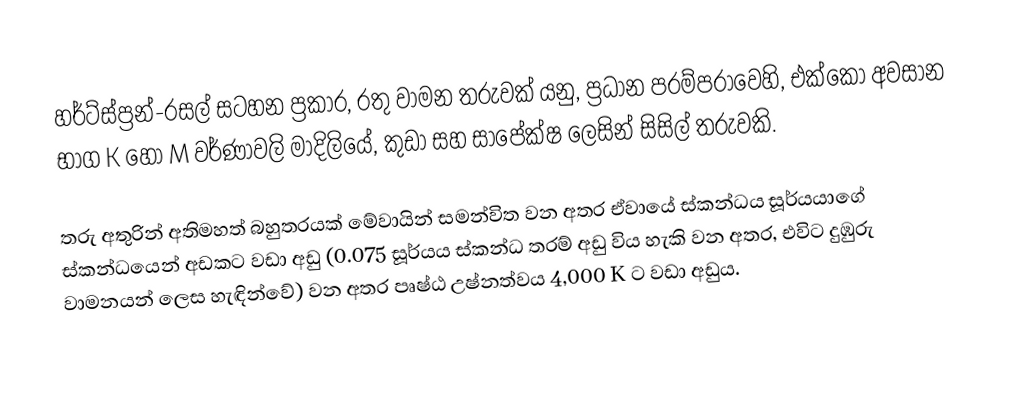
හර්ට්ස්ප්‍රන්-රසල් සටහන ප්‍රකාර, රතු වාමන තරුවක් යනු,  ප්‍රධාන පරම්පරාවෙහි, එක්කෝ අවසාන භාග  K හෝ M වර්ණාවලි මාදිලියේ, කුඩා සහ සාපේක්ෂ ලෙසින් සිසිල් තරුවකි.

තරු අතුරින් අතිමහත් බහුතරයක් මේවායින් සමන්විත වන අතර ඒවායේ ස්කන්ධය  සූර්යයාගේ ස්කන්ධයෙන් අඩකට වඩා අඩු  (0.075 සූර්යය ස්කන්ධ තරම් අඩු විය හැකි වන අතර, එවිට දුඹුරු වාමනයන් ලෙස හැඳින්වේ) වන අතර පෘෂ්ඨ උෂ්නත්වය  4,000 K ට වඩා අඩුය.